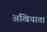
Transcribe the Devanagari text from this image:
अखियातां